Medical and sanitary report of the native army of Bengal for the year
Year: 1874
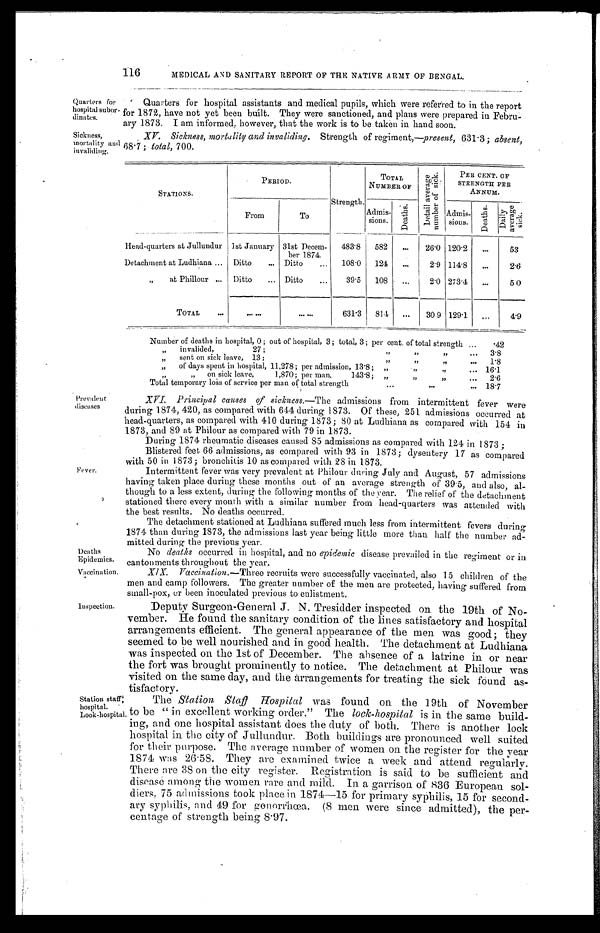
Quarters for
hospital subor
-dinates.
Sickness,
mortality and invaliding.
116
MEDICAL AND SANITARY REPORT OF THE NATIVE ARMY OF BENGAL.
Quarters for hospital assistants and medical pupils, which were referred to in the report
for 1872, have not yet been built. They were sanctioned, and plans were prepared in Febru
-ary 1873. I am informed, however, that the work is to be taken in hand soon.
XV. Sickness, mortality and invaliding. Strength of regiment,—present, 631.3; absent,
68.7; total,
700.
STATIONS.
PERIOD.
Strength.
TOTAL
NUMBER OF
De t a i l a v e r a g e n u mb e r o f s i c k .
PER CENT. OF
STRENGTH PER
ANNUM.
From
To
Admis-
sions.
D e a t h s .
Admis-
sions.
D e a t h s .
D a i l y a v e r a g e s i c k .
Head-quarters at Jullundur 1st January 31st Decem-
ber 1874.
483.8
582
. . .
26.0 120.2
. . .
53
Detachment at Ludhiana . . .
Ditto . . . Ditto . . .
108.0
124
. . . 2.9 114.8
. . .
2.6
" at Phillour . . .
Ditto
. . . Ditto . . .
39.5
108
. . .
2.0 273.4
. . .
5.0
TOTAL . . .
. . .
. . .
631.3
814
. . .
30.9 129.1
. . .
4.9
Number of deaths in hospital, 0; out of hospital, 3; total, 3; per cent. of total strength . . .
.42
" invalided, 27; " " " . . .
3.8
" sent nt on sick leave, 13;" " " . . .
1.8
" of days spent in hospital, 11,278; per admission, 13.8; " " " . . .
16.1
" " on sick leave, 1,870; per man,143-8; " " " . . .
2.6
Total temporary loss of service per man of total strength . . .
18.7
Prevalent
diseases.
Fever.
XVI. Principal causes of sickness.—The
admissions from intermittent fever were
during 1874, 420, as compared with 644 during 1873. Of these, 251 admissions occurred at
head-quarters, as compared with 410 during 1873; 80 at Ludhiana as compared with 154 in
1873. and 89 at Philour as compared with 79 in 1873.
During 1874 rheumatic diseases caused 85 admissions as compared with 124 in 1873;
Blistered feet 66 admissions, as compared with 93 in 1873; dysentery 17 as compared
with 50 in 1873: bronchitis 10 as compared with 28 in 1873.
Intermittent fever was very prevalent at Philour during July and August, 57 admissions
having taken place during these months out of an average strength of 39.5, and also, al
-though to a less extent, during the following months of the year. The relief of the detachment
stationed there every month with a similar number from head-quarters was attended with
the best results. No deaths occurred.
The detachment stationed at Ludhiana suffered much less from intermittent fevers during.
1874 than during 1873, the admissions last year being little more than half the number ad
-mitted during the Previous year.
Deaths
Epidemics.
Vaccination.
Inspection.
Station staff
hospital.
Look-hospital.
No deaths occurred in hospital, and no epidemic disease prevailed in the regiment or in
cantonments throughout the year.
IX. Vaccination. — T h r e e
r e c r u i t s w e r e s u c c e s s f u l l y v a c c i n a t e d , a l s o 1 5 c h i l d r e n o f t h e
men and camp followers. The greater number of the men are protected, having suffered from
small-pox. or been inoculated Previous to enlistment.
Deputy Surgeon-General J. N. Tresidder inspected on the 19th of No
-vember. He found the sanitary condition of the lines satisfactory and hospital
arranements efficient. The general appearance of the men was good; they
seemed to be well nourished and in good health. The detachment at Ludhiana
was inspected on the 1st of December. The absence of a latrine in or near
the fort was brought prominently to notice. The detachment at Philour was
visited on the same day, and the Arrangements for treating the sick found as
-tisfactory.
The Station Staff Hospital was found on the 19th of November
to be " in excellent working order." The lock-hospital is in the same build
-ing, and one hospital assistant does the duty of both. There is another lock
hospital in the city of Jullundur. Both buildings are pronounced well suited
for their purpose. The average number of women on the register for the year
1874 was 26.58. They are examined twice a week and attend regularly.
There are 38 on the city register. Registration is said to be sufficient and
disease among the women rare and mild. In a garrison of 836 European sol
-diers, 75 admissions took place in 1874—15 for primary syphilis, 15 for second
-ary syphilis, and 49 for gonorrhœa. (8 men were since admitted), the per
-centage of strength being 8.97.